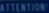
ATTENTION